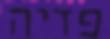
פדיה